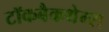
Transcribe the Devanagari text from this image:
टॉकबैकथेम्स